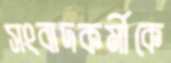
সংবাদকর্মীকে